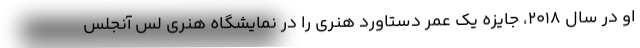
او در سال ۲۰۱۸، جایزه یک عمر دستاورد هنری را در نمایشگاه هنری لس آنجلس